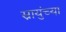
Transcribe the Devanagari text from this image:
स्नायुंच्या